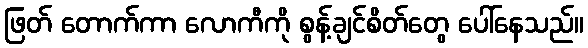
ဖြတ် တောက်ကာ လောကီကို စွန့်ချင်စိတ်တွေ ပေါ်နေသည်။